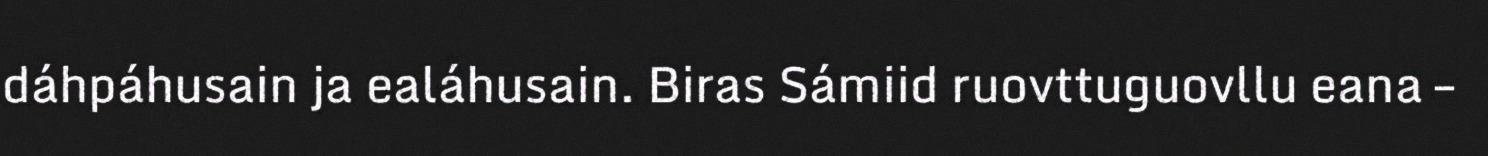
dáhpáhusain ja ealáhusain. Biras Sámiid ruovttuguovllu eana –